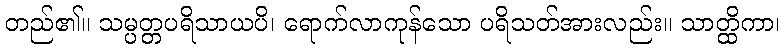
တည်၏။ သမ္ပတ္တပရိသာယပိ၊ ရောက်လာကုန်သော ပရိသတ်အားလည်း။ သာတ္ထိကာ၊